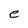
Character: e